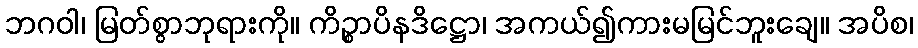
ဘဂဝါ၊ မြတ်စွာဘုရားကို။ ကိဉ္စာပိနဒိဋ္ဌော၊ အကယ်၍ကားမမြင်ဘူးချေ။ အပိစ၊